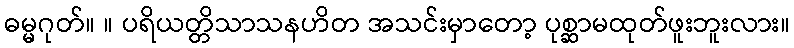
ဓမ္မဂုတ်။ ။ ပရိယတ္တိသာသနဟိတ အသင်းမှာတော့ ပုစ္ဆာမထုတ်ဖူးဘူးလား။